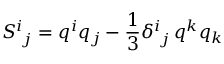
S _ { \ j } ^ { i } = q ^ { i } q _ { j } - \frac { 1 } { 3 } \delta _ { \ j } ^ { i } \, q ^ { k } q _ { k }